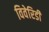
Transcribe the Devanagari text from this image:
विवेरिडी